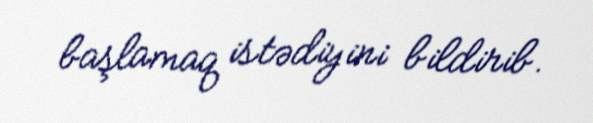
başlamaq istədiyini bildirib.